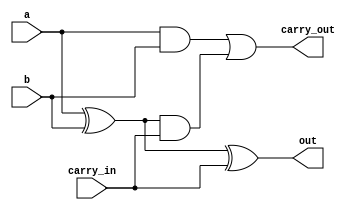
module b1_adder (
    input a,
    input b,
    input carry_in,

    output out,
    output carry_out
);

assign out = (a ^ b) ^ carry_in;

assign carry_out = (a & b) | ((a ^ b) & carry_in);

endmodule

`define add(i) b1_adder add_``i (.a(a[i]), .b(b[i]), .carry_in(c[i]), .out(sum[i]), .carry_out(c[i + 1]))

module b8_adder (
    input [7:0]a,
    input [7:0]b,

    output [7:0]sum
);

wire [8:0]c;
assign c[0] = 0;

//b1_adder add_0 (.a(a[0]), .b(b[0]), .carry_in(c_[0]), .out(sum[0]), .carry_out(c_[0 + 1]));

`add(0);
`add(1);
`add(2);
`add(3);
`add(4);
`add(5);
`add(6);
`add(7);

endmodule

`timescale 1ps/1ps

module testbench ();

reg [7:0]a;
reg [7:0]b;
wire [7:0]s;

b8_adder b8_adder_inst(.a(a), .b(b), .sum(s));

initial begin
    a = 100; b = 45; #1 $display("a = %d, b = %d, sum = %d", a, b, s);
end

endmodule